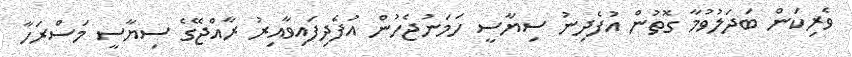
ވެރިކަން ބަދަލުވުމާ ގޮތުން އުފެދިނު ސިޔާސީ ހަމަނުޖެހުން އުފެދިފައިވާއިރު ރާއްޖޭގެ ސިޔާސީ މަސްރަހާ